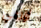
أراضي